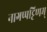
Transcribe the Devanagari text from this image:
नागप्पट्टिणम्